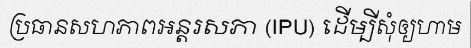
ប្រធានសហភាពអន្តរសភា (IPU) ដើម្បីសុំឲ្យហាម